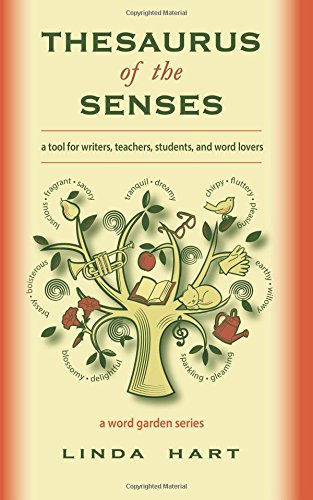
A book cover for Thesaurus of the Senses; Linda Hart; Reference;